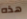
هذه